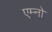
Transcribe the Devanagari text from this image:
एम्नो